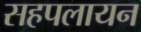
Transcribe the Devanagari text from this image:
सहपलायन